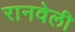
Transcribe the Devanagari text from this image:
रानवेली